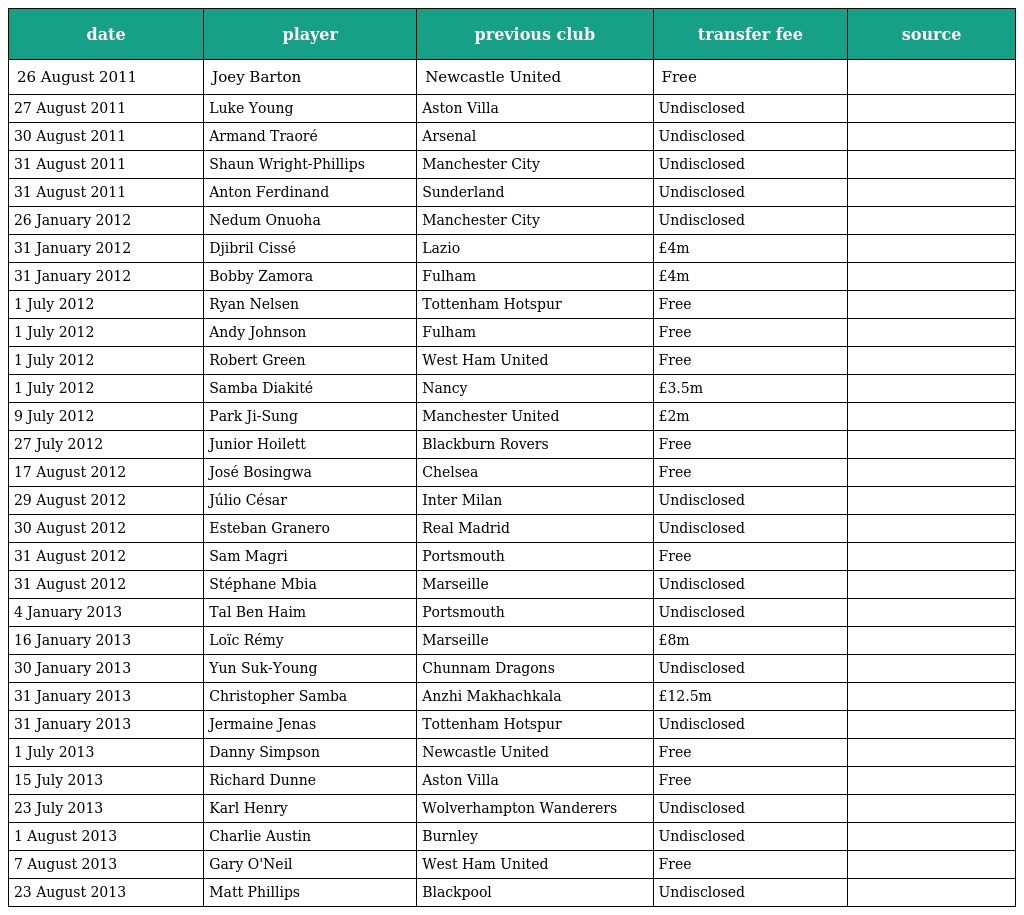
| date | player | previous club | transfer fee | source |
 | --- | --- | --- | --- | --- |
 | 26 August 2011 | Joey Barton | Newcastle United | Free |  |
 | 27 August 2011 | Luke Young | Aston Villa | Undisclosed |  |
 | 30 August 2011 | Armand Traoré | Arsenal | Undisclosed |  |
 | 31 August 2011 | Shaun Wright-Phillips | Manchester City | Undisclosed |  |
 | 31 August 2011 | Anton Ferdinand | Sunderland | Undisclosed |  |
 | 26 January 2012 | Nedum Onuoha | Manchester City | Undisclosed |  |
 | 31 January 2012 | Djibril Cissé | Lazio | £4m |  |
 | 31 January 2012 | Bobby Zamora | Fulham | £4m |  |
 | 1 July 2012 | Ryan Nelsen | Tottenham Hotspur | Free |  |
 | 1 July 2012 | Andy Johnson | Fulham | Free |  |
 | 1 July 2012 | Robert Green | West Ham United | Free |  |
 | 1 July 2012 | Samba Diakité | Nancy | £3.5m |  |
 | 9 July 2012 | Park Ji-Sung | Manchester United | £2m |  |
 | 27 July 2012 | Junior Hoilett | Blackburn Rovers | Free |  |
 | 17 August 2012 | José Bosingwa | Chelsea | Free |  |
 | 29 August 2012 | Júlio César | Inter Milan | Undisclosed |  |
 | 30 August 2012 | Esteban Granero | Real Madrid | Undisclosed |  |
 | 31 August 2012 | Sam Magri | Portsmouth | Free |  |
 | 31 August 2012 | Stéphane Mbia | Marseille | Undisclosed |  |
 | 4 January 2013 | Tal Ben Haim | Portsmouth | Undisclosed |  |
 | 16 January 2013 | Loïc Rémy | Marseille | £8m |  |
 | 30 January 2013 | Yun Suk-Young | Chunnam Dragons | Undisclosed |  |
 | 31 January 2013 | Christopher Samba | Anzhi Makhachkala | £12.5m |  |
 | 31 January 2013 | Jermaine Jenas | Tottenham Hotspur | Undisclosed |  |
 | 1 July 2013 | Danny Simpson | Newcastle United | Free |  |
 | 15 July 2013 | Richard Dunne | Aston Villa | Free |  |
 | 23 July 2013 | Karl Henry | Wolverhampton Wanderers | Undisclosed |  |
 | 1 August 2013 | Charlie Austin | Burnley | Undisclosed |  |
 | 7 August 2013 | Gary O'Neil | West Ham United | Free |  |
 | 23 August 2013 | Matt Phillips | Blackpool | Undisclosed |  |